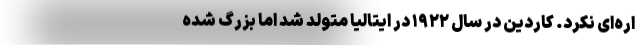
اره‌ای نکرد. کاردین در سال ۱۹۲۲ در ایتالیا متولد شد اما بزرگ شده